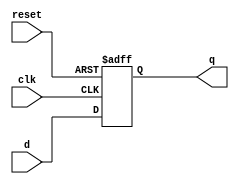

// Module RegisterFF
//  FlipFlop usado como registrador de armazenamento do PC -parametrizvel - default: 8-bits
//
// *teste: Waveform9




module RegisterFF #(parameter WIDTH = 8)
								(input clk,
								 input reset,
								 input  wire [WIDTH-1:0] d, 
								 output reg  [WIDTH-1:0] q);

  always @(posedge clk, posedge reset)
    if (reset) 
		q <= 0;
    else
		q <= d;
		
endmodule